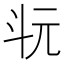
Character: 𣁯